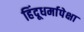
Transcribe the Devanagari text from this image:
हिंदूधर्मापेक्षा